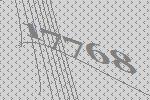
17768